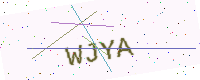
Text: WJYA